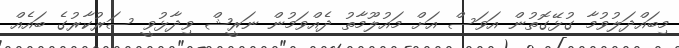
މިބައްދަލުވުމާ ގުޅޭގޮތުން އަވަސް އަށް މައުލޫމާތު ދެއްވަމުން ނަރީޝް ވިދާޅުވީ ސަރުކާރުގެ ބައެއް